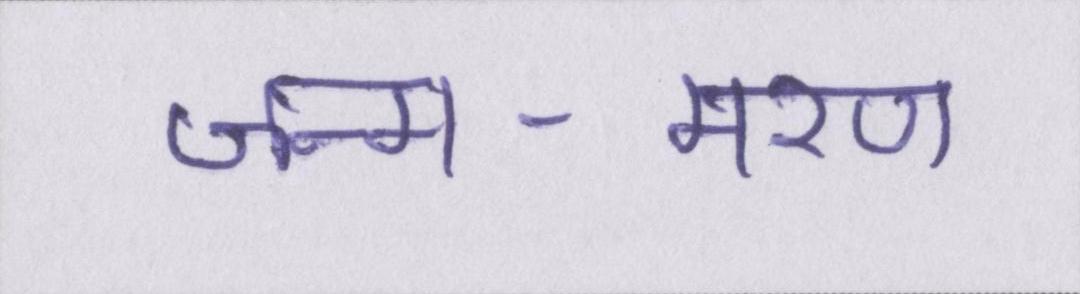
जन्म-मरण